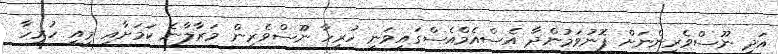
އަދި ނޫސްވެރިންނަށް ފޮނުވަމުންދާ އެސްއެމްއެސްގައިވަނީ ހުރިހާ ނޫސްވެރިން މަރާލާނެ ކަމަށާއި މިއީ ހުރިހާ